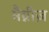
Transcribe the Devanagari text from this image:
मैग्नीज़